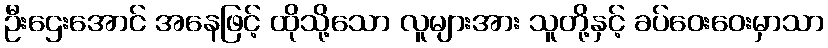
ဦးဌေးအောင် အနေဖြင့် ထိုသို့သော လူများအား သူတို့နှင့် ခပ်ဝေးဝေးမှာသာ